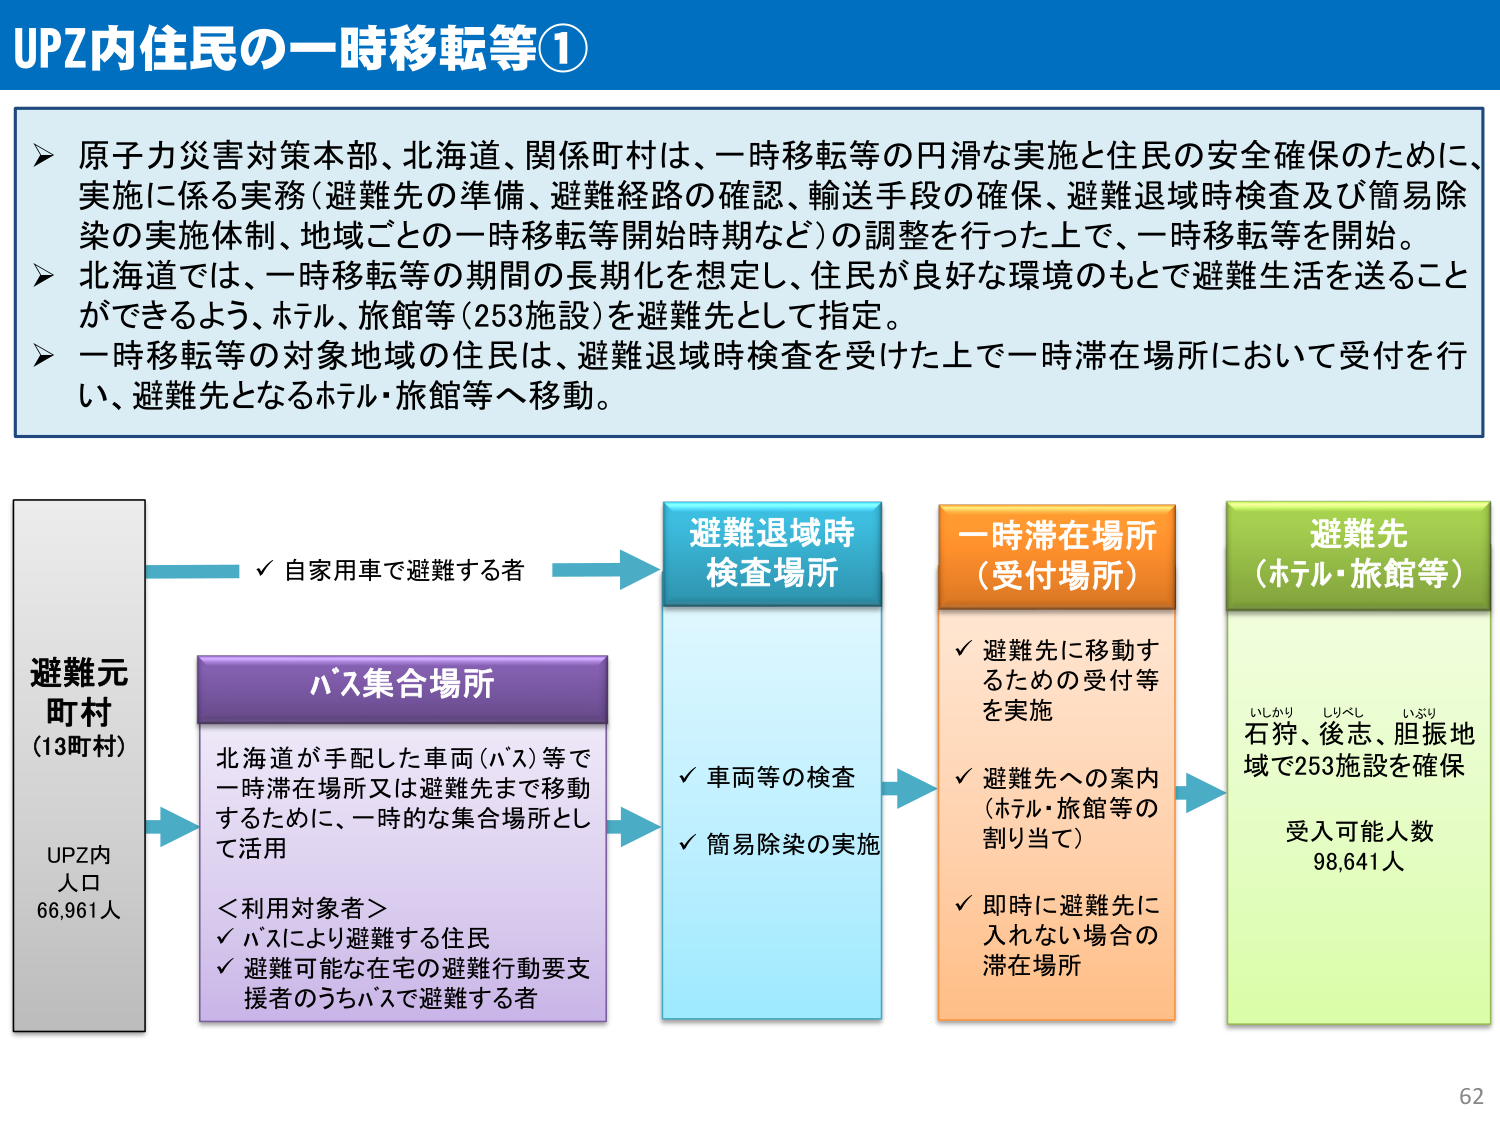
UPZ内住民の一時移転等①

➤ 原子力災害対策本部、北海道、関係町村は、一時移転等の円滑な実施と住民の安全確保のために、実施に係る実務（避難先の準備、避難経路の確認、輸送手段の確保、避難退域時検査及び簡易除染の実施体制、地域ごとの一時移転等開始時期など）の調整を行った上で、一時移転等を開始。
➤ 北海道では、一時移転等の期間の長期化を想定し、住民が良好な環境のもとで避難生活を送ることができるよう、ホテル、旅館等（253施設）を避難先として指定。
➤ 一時移転等の対象地域の住民は、避難退域時検査を受けた上で一時滞在場所において受付を行い、避難先となるホテル・旅館等へ移動。

避難元
町村
（13町村）
UPZ内
人口
66,961人

✓ 自家用車で避難する者

バス集合場所
北海道が手配した車両（バス）等で一時滞在場所又は避難先まで移動するために、一時的な集合場所として活用
＜利用対象者＞
✓ バスにより避難する住民
✓ 避難可能な在宅の避難行動要支援者のうちバスで避難する者

避難退域時
検査場所
✓ 車両等の検査
✓ 簡易除染の実施

一時滞在場所
（受付場所）
✓ 避難先に移動するための受付等を実施
✓ 避難先への案内（ホテル・旅館等の割り当て）
✓ 即時に避難先に入れらない場合の滞在場所

避難先
（ホテル・旅館等）
いしかり しりべし いぶり
石狩、後志、胆振地域で253施設を確保
受入可能人数
98,641人

62